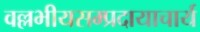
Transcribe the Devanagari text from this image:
वल्लभीयसम्प्रदायाचार्य